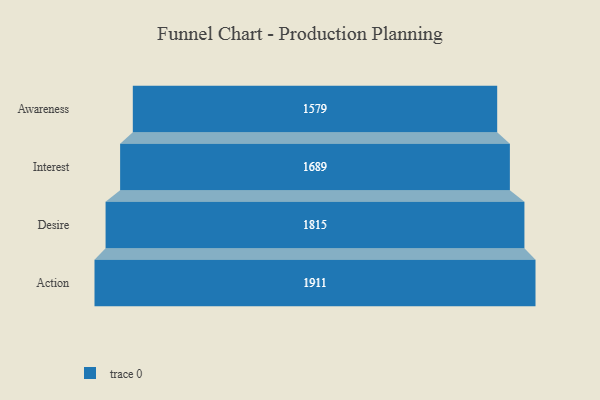
{"axis": {"x": "Stage", "y": "Value"}, "legend": [""], "data": [{"x": "Awareness", "y": 1579.0, "type": ""}, {"x": "Interest", "y": 1689.0, "type": ""}, {"x": "Desire", "y": 1815.0, "type": ""}, {"x": "Action", "y": 1911.0, "type": ""}]}